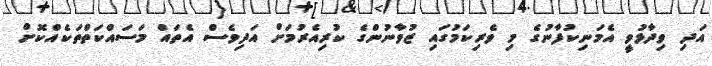
އަދި ވިދާޅުވީ އެމަނިކުފާނުގެ މި ވެރިކަމުގައި ޒުވާނުންގެ ކުރިއެރުމަށް އަދިވެސް އެތައް މަސައްކަތްތަކެއްކޮށް